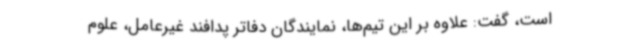
است، گفت: علاوه بر این تیم‌ها، نمایندگان دفاتر پدافند غیرعامل، علوم